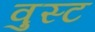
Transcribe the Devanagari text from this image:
वुस्ट